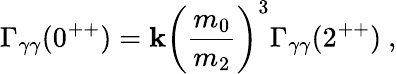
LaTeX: \Gamma_{\gamma\gamma}(0^{++})=\mathbf{k}\left(\frac{{m_{0}}}{{m_{2}}}\right)^{3}\Gamma_{\gamma\gamma}(2^{++})\ ,